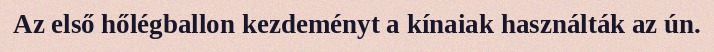
Az első hőlégballon kezdeményt a kínaiak használták az ún.